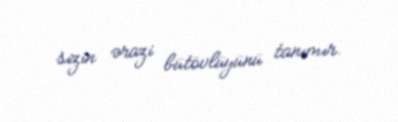
sizin ərazi bütövlüyünü tanımır.